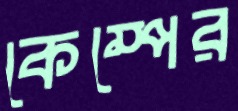
কেম্পের